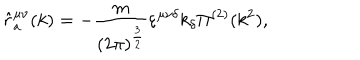
LaTeX: \hat { r } _ { a } ^ { \mu \nu } ( k ) = - \frac { m } { ( 2 \pi ) ^ { \frac { 3 } { 2 } } } \varepsilon ^ { \mu \nu \delta } k _ { \delta } \Pi ^ { ( 2 ) } ( k ^ { 2 } ) ,